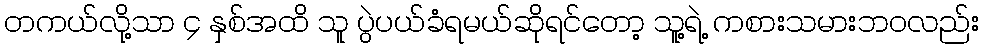
တကယ်လို့သာ ၄ နှစ်အထိ သူ ပွဲပယ်ခံရမယ်ဆိုရင်တော့ သူ့ရဲ့ ကစားသမားဘ၀လည်း